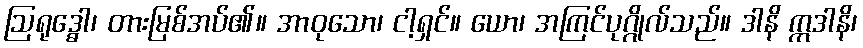
ဩရုဒ္ဓေါ၊ တားမြစ်အပ်၏။ အာဝုသော၊ ငါ့ရှင်။ ယော၊ အကြင်ပုဂ္ဂိုလ်သည်။ ဒါနိ ဣဒါနိ၊